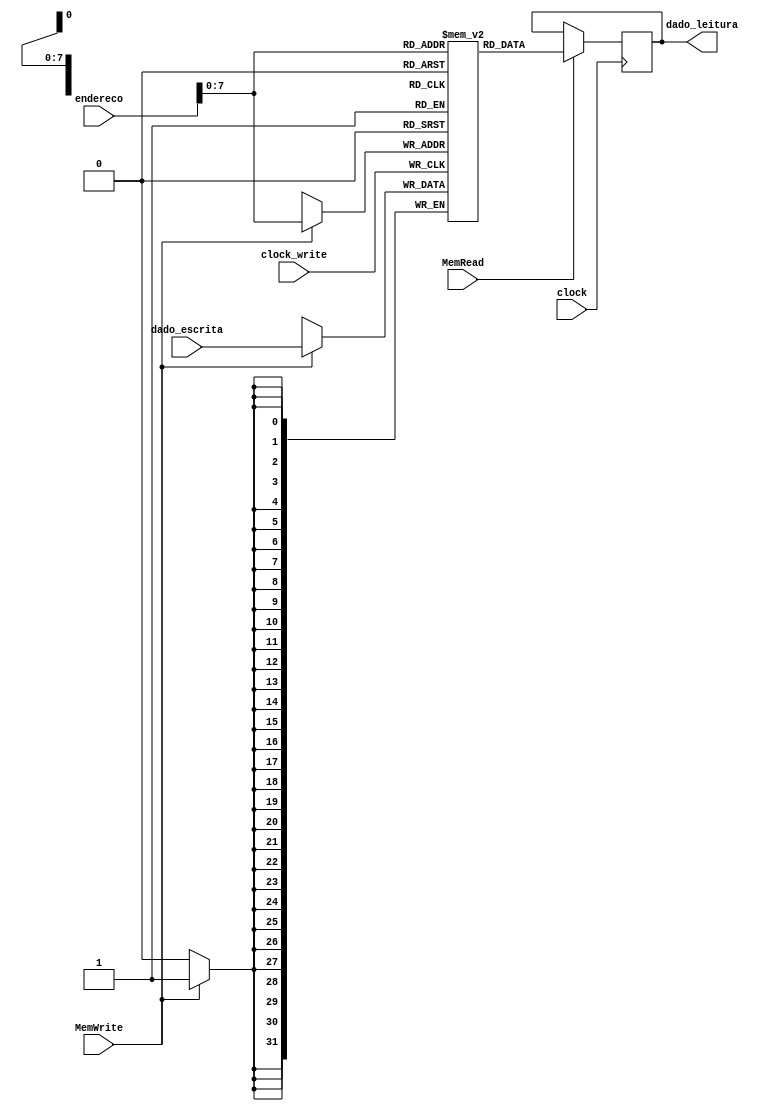
module mem_dados (dado_leitura, dado_escrita, endereco, clock, clock_write, MemWrite, MemRead);

input [31:0] dado_escrita;
input [31:0] endereco;
input clock, clock_write, MemWrite, MemRead;

output reg [31:0] dado_leitura;

// Declare the RAM variable
reg [31:0] mem[2**8-1:0];

always @ (posedge clock)
	begin
		// Read
		if (MemRead)
			dado_leitura = mem[endereco];
	end
	
always @ (negedge clock_write)
	begin
		if (MemWrite)
			mem[endereco] = dado_escrita;
	end

endmodule